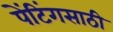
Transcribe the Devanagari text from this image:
पेंटिंगसाठी